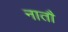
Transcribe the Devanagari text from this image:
नातौ